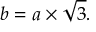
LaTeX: b = a \times { \sqrt { 3 } } .